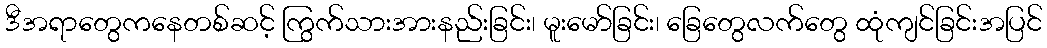
ဒီအရာတွေကနေတစ်ဆင့် ကြွက်သားအားနည်းခြင်း၊ မူးမော်ခြင်း၊ ခြေတွေလက်တွေ ထုံကျင်ခြင်းအပြင်